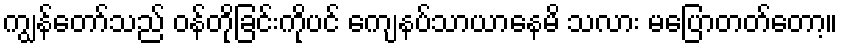
ကျွန်တော်သည် ဝန်တိုခြင်းကိုပင် ကျေနပ်သာယာနေမိ သလား မပြောတတ်တော့။